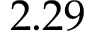
2 . 2 9